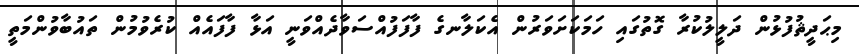
މިޙަދީޘުފުޅުން ދަލީލުކުރާ ގޮތުގައި ހަމަކަށަވަރުން އެކަލާނގެ ފާފަފުއްސަވާދެއްވަނީ އަޅާ ފާފައެއް ކުރެވުމުން ތައުބާވުންމަތީ